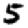
Digit: 5